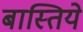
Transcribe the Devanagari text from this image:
बास्तिये